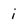
Character: i